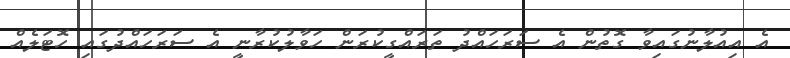
އެ އިއުލާނުގައިވާ ގޮތުން އެ ސަރަހައްދު ތަރައްގީކުރަން ހަވާލުކުރާނީ އެ ސަރަހައްދުގައި ހޮޓަލެއް